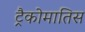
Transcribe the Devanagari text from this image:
ट्रैकोमातिस